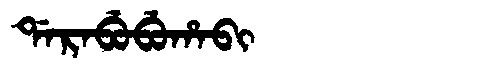
Manchu: ᡩᠠᡵᠠᠪᡠᠪᡠᡥᠠᠪᡳ
Romanization: DARABUBUHABI